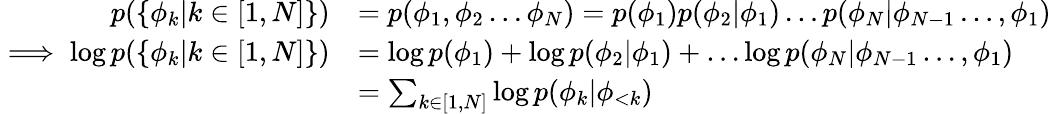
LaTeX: \begin{array}{rl}{p(\{ \phi_{k}|k\in[1,N]\} )}&{=p(\phi_{1},\phi_{2}\dots\phi_{N})=p(\phi_{1})p(\phi_{2}|\phi_{1})\dots p(\phi_{N}|\phi_{N-1}\dots,\phi_{1})}\\ {\implies\log p(\{ \phi_{k}|k\in[1,N]\} )}&{=\log p(\phi_{1})+\log p(\phi_{2}|\phi_{1})+\dots\log p(\phi_{N}|\phi_{N-1}\dots,\phi_{1})}\\ &{=\sum_{k\in[1,N]}\log p(\phi_{k}|\phi_{<k})}\end{array}